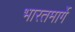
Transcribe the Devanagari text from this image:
भारतमार्गे